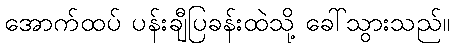
အောက်ထပ် ပန်းချီပြခန်းထဲသို့ ခေါ်သွားသည်။